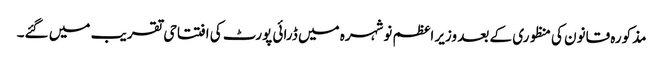
مذکورہ قانون کی منظوری کے بعد وزیر اعظم نوشہرہ میں ڈرائی پورٹ کی افتتاحی تقریب میں گئے۔